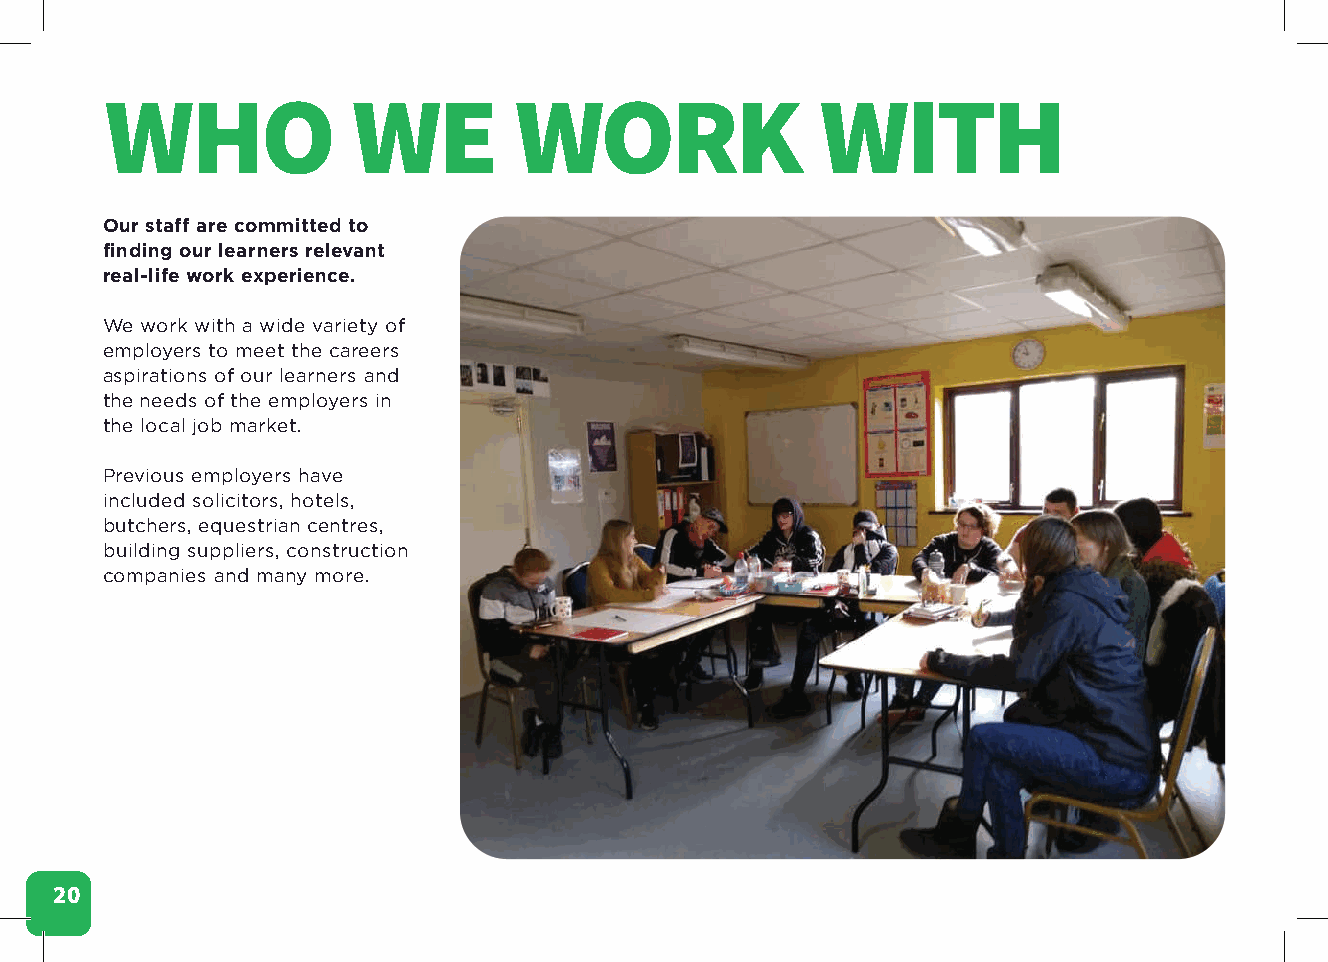
WHO             WE         WORK                WITH
 Our staff are committed to
 finding our learners relevant
 real-life work experience.
 We work with a wide variety of
 employers to meet the careers
 aspirations of our learners and
 the needs of the employers in
 the local job market.
 Previous employers have
 included solicitors, hotels,
 butchers, equestrian centres,
 building suppliers, construction
 companies and many more.
 20